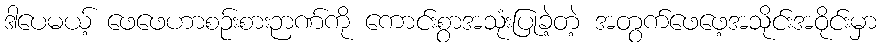
ဒါပေမယ့် ဖေဖေဟာစဉ်းစားဉာဏ်ကို ကောင်းစွာအသုံးပြုခဲ့တဲ့ အတွက်ဖေဖေ့အသိုင်းအဝိုင်းမှာ